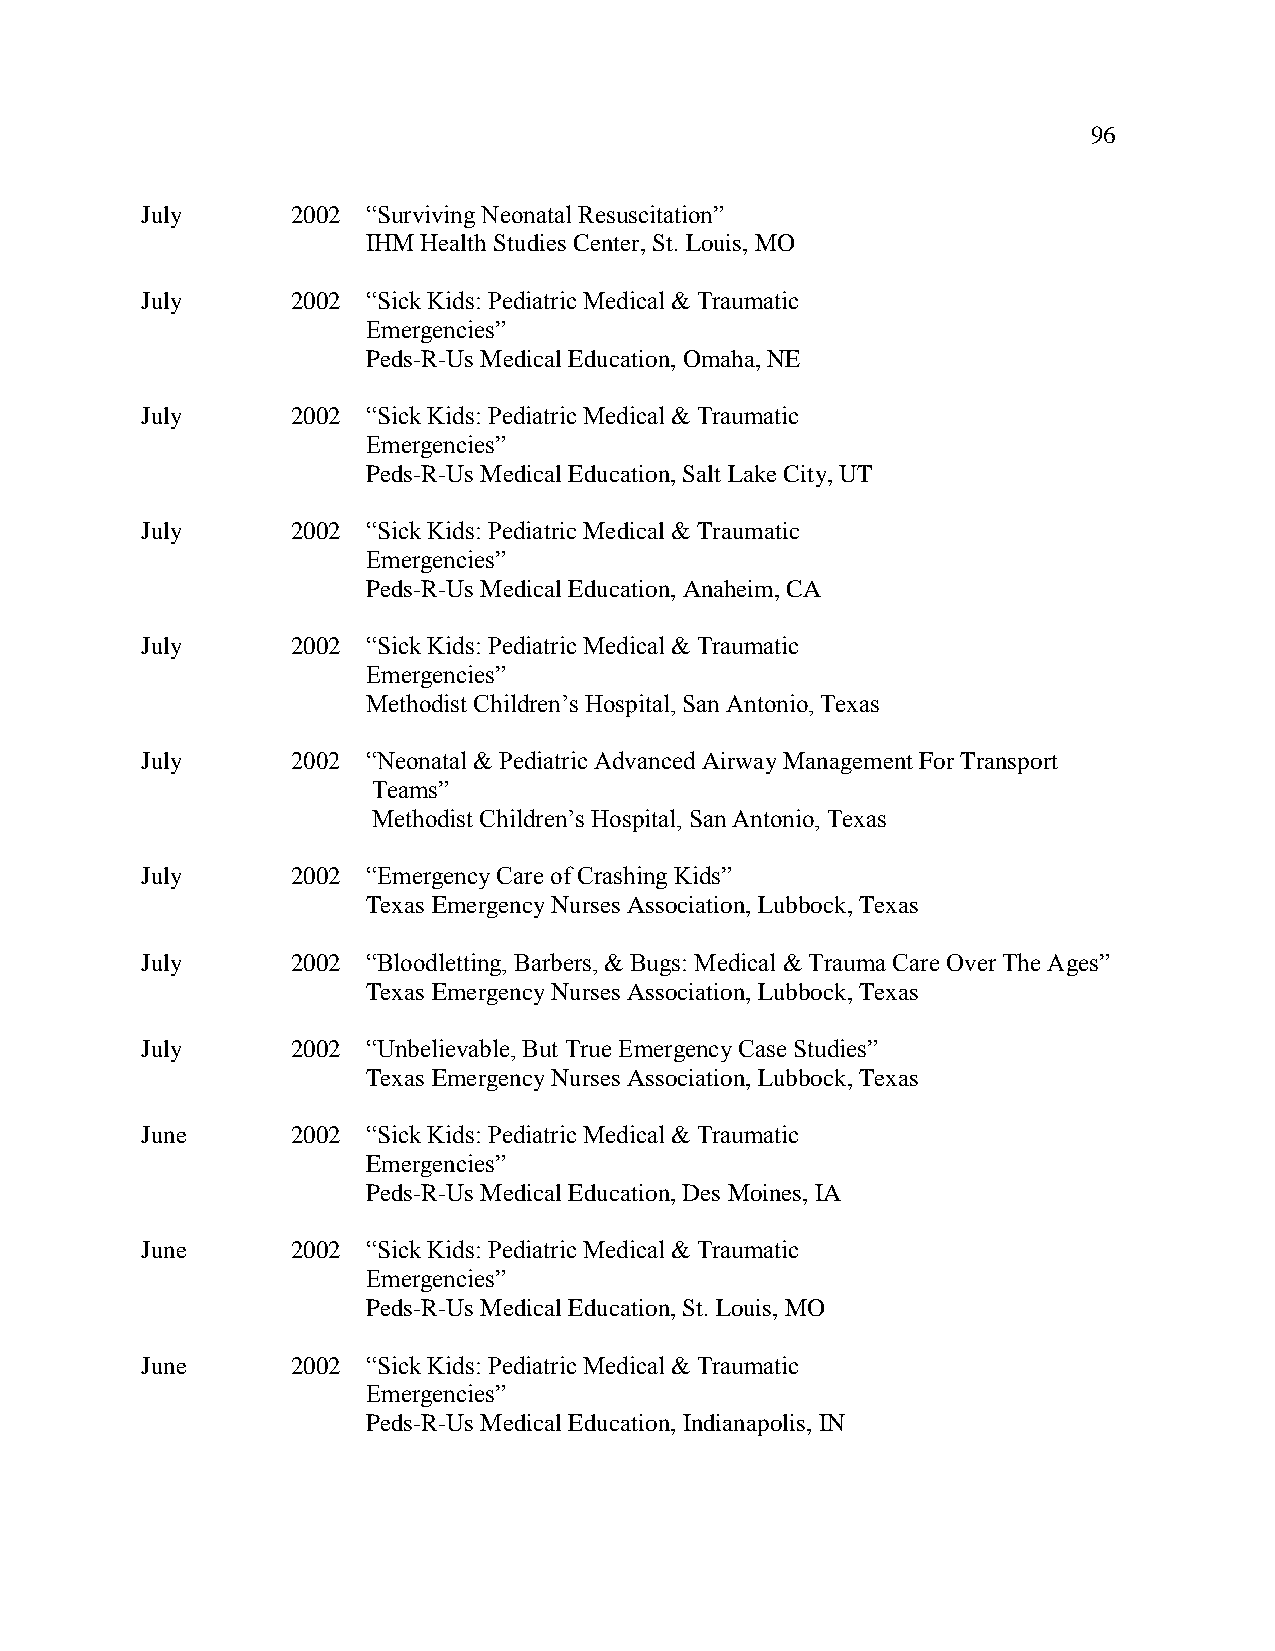
96
 July      2002 “Surviving Neonatal Resuscitation”
 IHM Health Studies Center, St. Louis, MO
 July      2002 “Sick Kids: Pediatric Medical & Traumatic
 Emergencies”
 Peds-R-Us Medical Education, Omaha, NE
 July      2002 “Sick Kids: Pediatric Medical & Traumatic
 Emergencies”
 Peds-R-Us Medical Education, Salt Lake City, UT
 July      2002 “Sick Kids: Pediatric Medical & Traumatic
 Emergencies”
 Peds-R-Us Medical Education, Anaheim, CA
 July      2002 “Sick Kids: Pediatric Medical & Traumatic
 Emergencies”
 Methodist Children’s Hospital, San Antonio, Texas
 July      2002 “Neonatal & Pediatric Advanced Airway Management For Transport
 Teams”
 Methodist Children’s Hospital, San Antonio, Texas
 July      2002 “Emergency Care of Crashing Kids”
 Texas Emergency Nurses Association, Lubbock, Texas
 July      2002 “Bloodletting, Barbers, & Bugs: Medical & Trauma Care Over The Ages”
 Texas Emergency Nurses Association, Lubbock, Texas
 July      2002 “Unbelievable, But True Emergency Case Studies”
 Texas Emergency Nurses Association, Lubbock, Texas
 June      2002 “Sick Kids: Pediatric Medical & Traumatic
 Emergencies”
 Peds-R-Us Medical Education, Des Moines, IA
 June      2002 “Sick Kids: Pediatric Medical & Traumatic
 Emergencies”
 Peds-R-Us Medical Education, St. Louis, MO
 June      2002 “Sick Kids: Pediatric Medical & Traumatic
 Emergencies”
 Peds-R-Us Medical Education, Indianapolis, IN